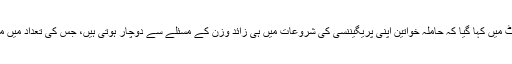
جاری کردہ رپورٹ میں کہا گیا کہ حاملہ خواتین اپنی پریگیننسی کی شروعات میں ہی زائد وزن کے مسئلے سے دوچار ہوتی ہیں، جس کی تعداد میں مزید اضافہ ہوا ہے۔